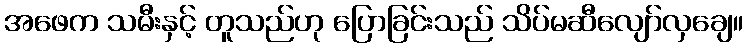
အဖေက သမီးနှင့် တူသည်ဟု ပြောခြင်းသည် သိပ်မဆီလျော်လှချေ။